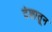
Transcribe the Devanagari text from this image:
दंशातून